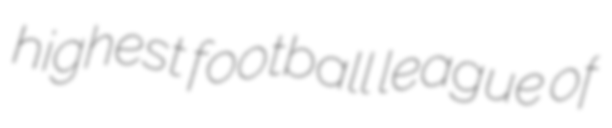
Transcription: highest football league of